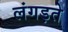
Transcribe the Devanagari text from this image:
लंगड़ते